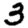
Digit: 3